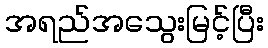
အရည်အသွေးမြင့်ပြီး